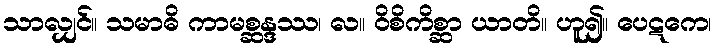
သာလျှင်။ သမာဓိ ကာမစ္ဆန္ဒဿ၊ လ။ ဝိစိကိစ္ဆာ ယာတိ။ ဟူ၍။ ပေဋကေ၊